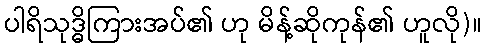
ပါရိသုဒ္ဓိကြားအပ်၏ ဟု မိန့်ဆိုကုန်၏ ဟူလို)။